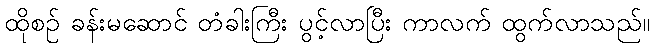
ထိုစဉ် ခန်းမဆောင် တံခါးကြီး ပွင့်လာပြီး ကာလက် ထွက်လာသည်။